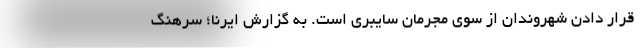
قرار دادن شهروندان از سوی مجرمان سایبری است. به گزارش ایرنا؛ سرهنگ